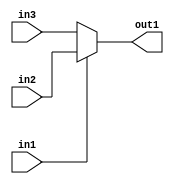
// 
// Politecnico di Milano
// Code created using PandA - Version: PandA 0.9.7-dev - Revision 4fe142b5c340716f8bd751323655c01057141ffd-SROA_TCAD_release - Date 2022-02-01T20:07:06
// /tmp/.mount_bambu-BoUm5c/usr/bin/bambu executed with: /tmp/.mount_bambu-BoUm5c/usr/bin/bambu --top-fname=func --range-analysis-mode=skip --compiler=I386_CLANG4 /home/samaksh19200/Ass2/file.c 
// 
// Send any bug to: panda-info@polimi.it
// ************************************************************************
// The following text holds for all the components tagged with PANDA_LGPLv3.
// They are all part of the BAMBU/PANDA IP LIBRARY.
// This library is free software; you can redistribute it and/or
// modify it under the terms of the GNU Lesser General Public
// License as published by the Free Software Foundation; either
// version 3 of the License, or (at your option) any later version.
// 
// This library is distributed in the hope that it will be useful,
// but WITHOUT ANY WARRANTY; without even the implied warranty of
// MERCHANTABILITY or FITNESS FOR A PARTICULAR PURPOSE.  See the GNU
// Lesser General Public License for more details.
// 
// You should have received a copy of the GNU Lesser General Public
// License along with the PandA framework; see the files COPYING.LIB
// If not, see <http://www.gnu.org/licenses/>.
// ************************************************************************

`ifdef __ICARUS__
  `define _SIM_HAVE_CLOG2
`endif
`ifdef VERILATOR
  `define _SIM_HAVE_CLOG2
`endif
`ifdef MODEL_TECH
  `define _SIM_HAVE_CLOG2
`endif
`ifdef VCS
  `define _SIM_HAVE_CLOG2
`endif
`ifdef NCVERILOG
  `define _SIM_HAVE_CLOG2
`endif
`ifdef XILINX_SIMULATOR
  `define _SIM_HAVE_CLOG2
`endif
`ifdef XILINX_ISIM
  `define _SIM_HAVE_CLOG2
`endif

// This component is part of the BAMBU/PANDA IP LIBRARY
// Copyright (C) 2004-2020 Politecnico di Milano
// Author(s): Fabrizio Ferrandi <fabrizio.ferrandi@polimi.it>
// License: PANDA_LGPLv3
`timescale 1ns / 1ps
module ui_cond_expr_FU(in1, in2, in3, out1);
  parameter BITSIZE_in1=1, BITSIZE_in2=1, BITSIZE_in3=1, BITSIZE_out1=1;
  // IN
  input [BITSIZE_in1-1:0] in1;
  input [BITSIZE_in2-1:0] in2;
  input [BITSIZE_in3-1:0] in3;
  // OUT
  output [BITSIZE_out1-1:0] out1;
  assign out1 = in1 != 0 ? in2 : in3;
endmodule

// This component is part of the BAMBU/PANDA IP LIBRARY
// Copyright (C) 2004-2020 Politecnico di Milano
// Author(s): Fabrizio Ferrandi <fabrizio.ferrandi@polimi.it>
// License: PANDA_LGPLv3
`timescale 1ns / 1ps
module ui_negate_expr_FU(in1, out1);
  parameter BITSIZE_in1=1, BITSIZE_out1=1;
  // IN
  input [BITSIZE_in1-1:0] in1;
  // OUT
  output [BITSIZE_out1-1:0] out1;
  assign out1 = -in1;
endmodule

// This component is part of the BAMBU/PANDA IP LIBRARY
// Copyright (C) 2004-2020 Politecnico di Milano
// Author(s): Fabrizio Ferrandi <fabrizio.ferrandi@polimi.it>
// License: PANDA_LGPLv3
`timescale 1ns / 1ps
module ui_plus_expr_FU(in1, in2, out1);
  parameter BITSIZE_in1=1, BITSIZE_in2=1, BITSIZE_out1=1;
  // IN
  input [BITSIZE_in1-1:0] in1;
  input [BITSIZE_in2-1:0] in2;
  // OUT
  output [BITSIZE_out1-1:0] out1;
  assign out1 = in1 + in2;
endmodule

// Datapath RTL description for func
// This component has been derived from the input source code and so it does not fall under the copyright of PandA framework, but it follows the input source code copyright, and may be aggregated with components of the BAMBU/PANDA IP LIBRARY.
// Author(s): Component automatically generated by bambu
// License: THIS COMPONENT IS PROVIDED "AS IS" AND WITHOUT ANY EXPRESS OR IMPLIED WARRANTIES, INCLUDING, WITHOUT LIMITATION, THE IMPLIED WARRANTIES OF MERCHANTIBILITY AND FITNESS FOR A PARTICULAR PURPOSE.
`timescale 1ns / 1ps
module datapath_func(clock, reset, in_port_j, in_port_k, in_port_c, return_port);
  // IN
  input clock;
  input reset;
  input [31:0] in_port_j;
  input [31:0] in_port_k;
  input [7:0] in_port_c;
  // OUT
  output [31:0] return_port;
  // Component and signal declarations
  wire [31:0] out_ui_cond_expr_FU_32_32_32_32_3_i0_fu_func_417475_417504;
  wire [31:0] out_ui_negate_expr_FU_32_32_4_i0_fu_func_417475_417503;
  wire [31:0] out_ui_plus_expr_FU_32_32_32_5_i0_fu_func_417475_417505;
  
  ui_negate_expr_FU #(.BITSIZE_in1(32), .BITSIZE_out1(32)) fu_func_417475_417503 (.out1(out_ui_negate_expr_FU_32_32_4_i0_fu_func_417475_417503), .in1(in_port_k));
  ui_cond_expr_FU #(.BITSIZE_in1(8), .BITSIZE_in2(32), .BITSIZE_in3(32), .BITSIZE_out1(32)) fu_func_417475_417504 (.out1(out_ui_cond_expr_FU_32_32_32_32_3_i0_fu_func_417475_417504), .in1(in_port_c), .in2(in_port_k), .in3(out_ui_negate_expr_FU_32_32_4_i0_fu_func_417475_417503));
  ui_plus_expr_FU #(.BITSIZE_in1(32), .BITSIZE_in2(32), .BITSIZE_out1(32)) fu_func_417475_417505 (.out1(out_ui_plus_expr_FU_32_32_32_5_i0_fu_func_417475_417505), .in1(out_ui_cond_expr_FU_32_32_32_32_3_i0_fu_func_417475_417504), .in2(in_port_j));
  // io-signal post fix
  assign return_port = out_ui_plus_expr_FU_32_32_32_5_i0_fu_func_417475_417505;

endmodule

// FSM based controller description for func
// This component has been derived from the input source code and so it does not fall under the copyright of PandA framework, but it follows the input source code copyright, and may be aggregated with components of the BAMBU/PANDA IP LIBRARY.
// Author(s): Component automatically generated by bambu
// License: THIS COMPONENT IS PROVIDED "AS IS" AND WITHOUT ANY EXPRESS OR IMPLIED WARRANTIES, INCLUDING, WITHOUT LIMITATION, THE IMPLIED WARRANTIES OF MERCHANTIBILITY AND FITNESS FOR A PARTICULAR PURPOSE.
`timescale 1ns / 1ps
module controller_func(done_port, clock, reset, start_port);
  // IN
  input clock;
  input reset;
  input start_port;
  // OUT
  output done_port;
  parameter [0:0] S_0 = 1'b1;
  reg [0:0] _present_state, _next_state;
  reg done_port;
  
  always @(posedge clock)
    if (reset == 1'b0) _present_state <= S_0;
    else _present_state <= _next_state;
  
  always @(*)
  begin
    done_port = 1'b0;
    case (_present_state)
      S_0 :
        if(start_port == 1'b1)
        begin
          _next_state = S_0;
          done_port = 1'b1;
        end
        else
        begin
          _next_state = S_0;
        end
      default :
        begin
          _next_state = S_0;
        end
    endcase
  end
endmodule

// Top component for func
// This component has been derived from the input source code and so it does not fall under the copyright of PandA framework, but it follows the input source code copyright, and may be aggregated with components of the BAMBU/PANDA IP LIBRARY.
// Author(s): Component automatically generated by bambu
// License: THIS COMPONENT IS PROVIDED "AS IS" AND WITHOUT ANY EXPRESS OR IMPLIED WARRANTIES, INCLUDING, WITHOUT LIMITATION, THE IMPLIED WARRANTIES OF MERCHANTIBILITY AND FITNESS FOR A PARTICULAR PURPOSE.
`timescale 1ns / 1ps
module _func(clock, reset, start_port, done_port, j, k, c, return_port);
  // IN
  input clock;
  input reset;
  input start_port;
  input [31:0] j;
  input [31:0] k;
  input [7:0] c;
  // OUT
  output done_port;
  output [31:0] return_port;
  // Component and signal declarations
  
  controller_func Controller_i (.done_port(done_port), .clock(clock), .reset(reset), .start_port(start_port));
  datapath_func Datapath_i (.return_port(return_port), .clock(clock), .reset(reset), .in_port_j(j), .in_port_k(k), .in_port_c(c));

endmodule

// This component is part of the BAMBU/PANDA IP LIBRARY
// Copyright (C) 2004-2020 Politecnico di Milano
// Author(s): Fabrizio Ferrandi <fabrizio.ferrandi@polimi.it>
// License: PANDA_LGPLv3
`timescale 1ns / 1ps
module ui_view_convert_expr_FU(in1, out1);
  parameter BITSIZE_in1=1, BITSIZE_out1=1;
  // IN
  input [BITSIZE_in1-1:0] in1;
  // OUT
  output [BITSIZE_out1-1:0] out1;
  assign out1 = in1;
endmodule

// Minimal interface for function: func
// This component has been derived from the input source code and so it does not fall under the copyright of PandA framework, but it follows the input source code copyright, and may be aggregated with components of the BAMBU/PANDA IP LIBRARY.
// Author(s): Component automatically generated by bambu
// License: THIS COMPONENT IS PROVIDED "AS IS" AND WITHOUT ANY EXPRESS OR IMPLIED WARRANTIES, INCLUDING, WITHOUT LIMITATION, THE IMPLIED WARRANTIES OF MERCHANTIBILITY AND FITNESS FOR A PARTICULAR PURPOSE.
`timescale 1ns / 1ps
module func(clock, reset, start_port, j, k, c, done_port, return_port);
  // IN
  input clock;
  input reset;
  input start_port;
  input [31:0] j;
  input [31:0] k;
  input [7:0] c;
  // OUT
  output done_port;
  output [31:0] return_port;
  // Component and signal declarations
  wire [31:0] out_return_port_ui_view_convert_expr_FU;
  
  _func _func_i0 (.done_port(done_port), .return_port(out_return_port_ui_view_convert_expr_FU), .clock(clock), .reset(reset), .start_port(start_port), .j(j), .k(k), .c(c));
  ui_view_convert_expr_FU #(.BITSIZE_in1(32), .BITSIZE_out1(32)) return_port_ui_view_convert_expr_FU (.out1(return_port), .in1(out_return_port_ui_view_convert_expr_FU));

endmodule